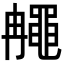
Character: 𪓚